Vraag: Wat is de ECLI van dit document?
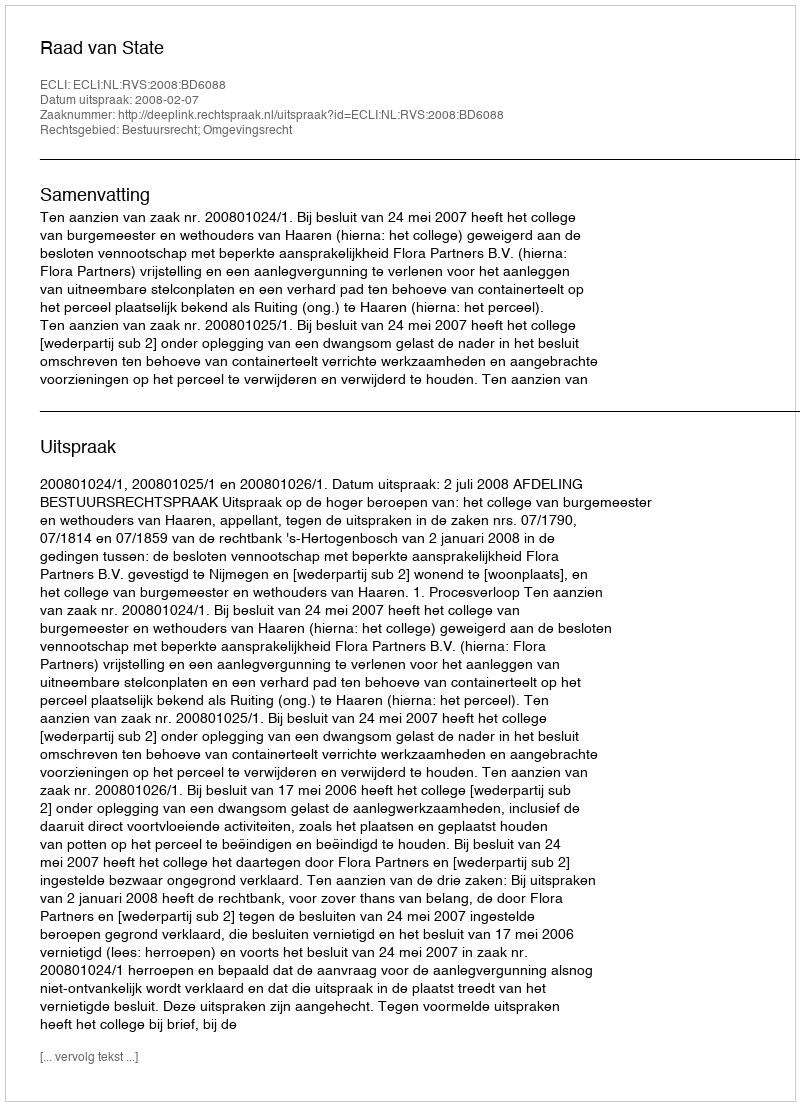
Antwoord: ECLI:NL:RVS:2008:BD6088